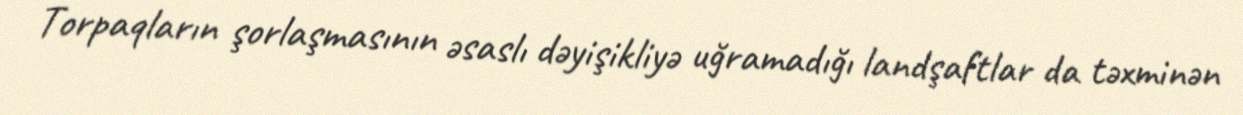
Torpaqların şorlaşmasının əsaslı dəyişikliyə uğramadığı landşaftlar da təxminən